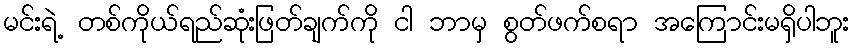
မင်းရဲ့ တစ်ကိုယ်ရည်ဆုံးဖြတ်ချက်ကို ငါ ဘာမှ စွတ်ဖက်စရာ အကြောင်းမရှိပါဘူး